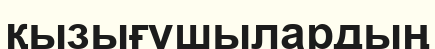
қызығушылардың